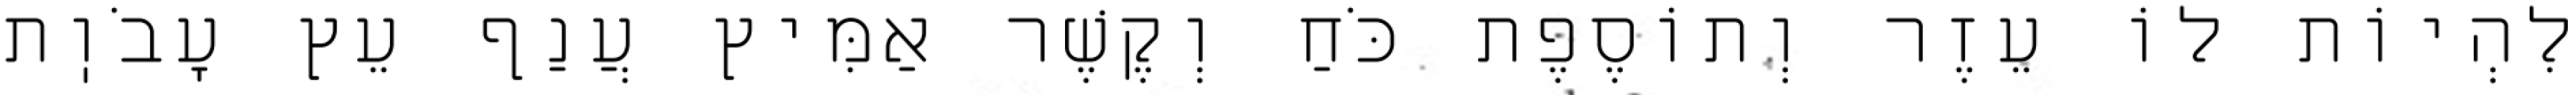
לִהְיוֹת לוֹ עֵזֶר וְתוֹסֶפֶת כֹּחַ וְקֶשֶׁר אַמִּיץ עֲנַף עֵץ עָבֹוֽת